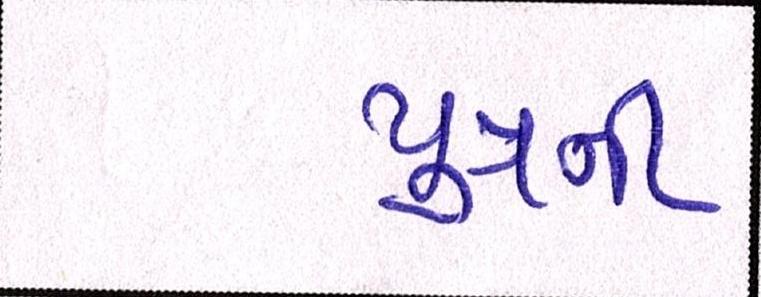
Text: પુત્રની